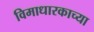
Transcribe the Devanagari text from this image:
विमाधारकाच्या